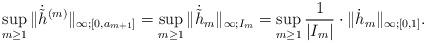
LaTeX: \begin{align*}\sup_{m\geq1}\|\dot{\tilde{h}}^{(m)}\|_{\infty;[0,a_{m+1}]}=\sup_{m\geq1}\|\dot{\tilde{h}}_{m}\|_{\infty;I_{m}}=\sup_{m\geq1}\frac{1}{|I_{m}|}\cdot\|\dot{{h}}_{m}\|_{\infty;[0,1]}.\end{align*}